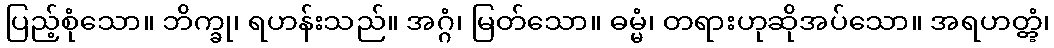
ပြည့်စုံသော။ ဘိက္ခု၊ ရဟန်းသည်။ အဂ္ဂံ၊ မြတ်သော။ ဓမ္မံ၊ တရားဟုဆိုအပ်သော။ အရဟတ္တွံ၊